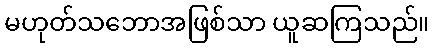
မဟုတ်သဘောအဖြစ်သာ ယူဆကြသည်။